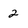
Character: 2